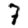
Digit: 7